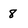
Character: 8